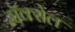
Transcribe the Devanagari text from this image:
मॅक्‍सेल